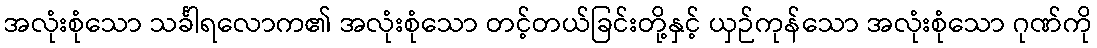
အလုံးစုံသော သင်္ခါရလောက၏ အလုံးစုံသော တင့်တယ်ခြင်းတို့နှင့် ယှဉ်ကုန်သော အလုံးစုံသော ဂုဏ်ကို